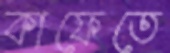
কাফেতে